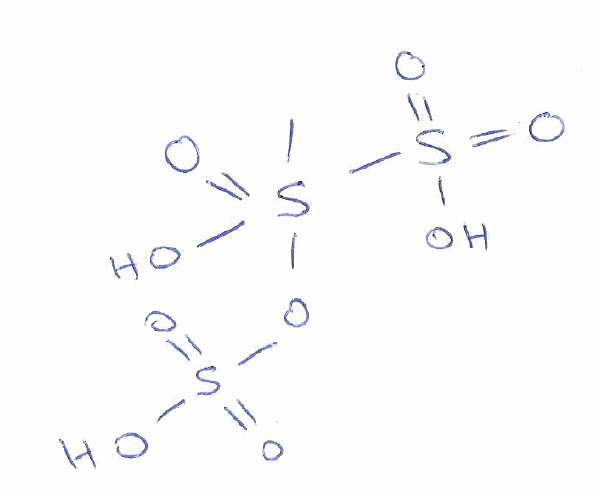
Simplified molecular-input line-entry system (SMILES) notation of the given molecule:
CS(=O)(O)(OS(=O)(=O)O)S(=O)(=O)O